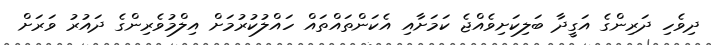
ދިވެހި ދަރިންގެ އަގީދާ ބަލިކަށިވެއްޖެ ކަމަށާއި އެކަންތައްތައް ހައްލުކުރުމަށް އިލްމުވެރިންގެ ދައުރު ވަރަށް